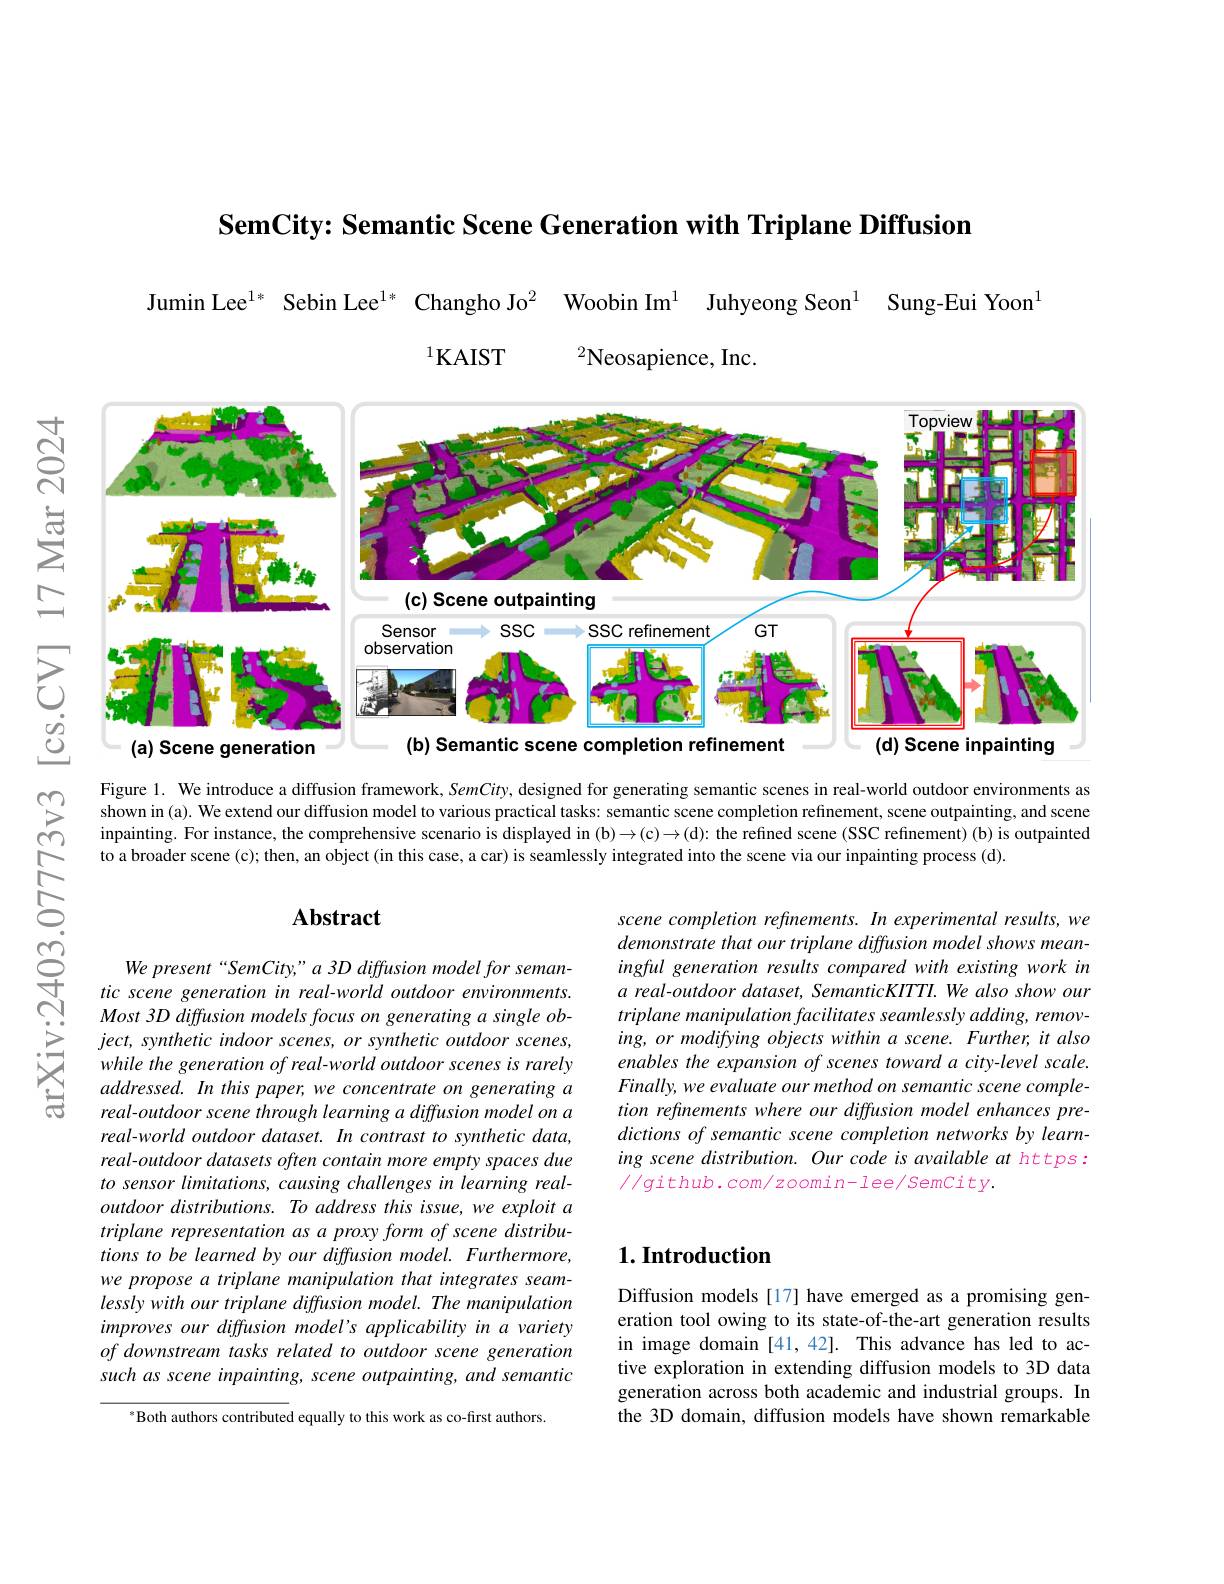
SemCity: Semantic Scene Generation with Triplane Diffusion

Jumin Lee$^{1*}$ Sebin Lee$^{1*}$ Changho Jo$^2$ Woobin Im$^1$ Juhyeong Seon$^1$ Sung-Eui Yoon$^1$
$^{1}$KAIST
$^{2}$Neosapience, Inc.

寸C
<FigureHere>
八$깡$
(b) Semantic scene completion refinement
(d) Scene inpainting
(a) Scene generation

Figure 1. We introduce a diffusion framework, SemCity, designed for generating semantic scenes in real-world outdoor environments as shown in (a). We extend our diffusion model to various practical tasks: semantic scene completion refinement, scene outpainting, and scene inpainting. For instance, the comprehensive scenario is displayed in (b)$\to(\mathfrak{c})\to(\mathfrak{d}){:}$ the refined scene (SSC refinement) (b) is outpainted to a broader scene (c); then, an object (in this case, a car) is seamlessly integrated into the scene via our inpainting process (d).

## $\mathbf{Abstract}$

$ଝୁ$

scene completion refinements. In experimental results, we demonstrate that our triplane diffusion model shows meaningful generation results compared with existing work in a real-outdoor dataset, SemanticKITTI. We also show our triplane manipulation facilitates seamlessly adding, removing, or modifying objects within a scene. Further, it also enables the expansion of scenes toward a city-level scale. Finally, we evaluate our method on semantic scene completion refinements where our diffusion model enhances predictions of semantic scene completion networks by learning scene distribution. Our code is available at https: $//g$ithub.com/zoomin-lee/SemCity.

We present“SemCity,”a3D diffusion model for semantic scene generation in real-world outdoor environments. Most 3D diffusion models focus on generating a single ob- $ject,syntheticindoorscenes,orsyntheticoutdoorscenes$, while the generation of real-world outdoor scenes is rarely addressed. In this paper, we concentrate on generating a real-outdoor scene through learning a diffusion model on a real-world outdoor dataset. In contrast to synthetic data, real-outdoor datasets often contain more empty spaces due to sensor limitations, causing challenges in learning real- $outdoor\textit{ distributions. To address this issue, we exploit a}$ triplane representation as a proxy form of scene distributions to be learned by our diffusion model. Furthermore, we propose a triplane manipulation that integrates seamlessly with our triplane diffusion model. The manipulation improves our diffusion model's applicability in a variety $of\textit{downstream tasks related to outdoor scene generation}$ such as scene inpainting, scene outpainting, and semantic

## $1. \textbf{Introduction}$

Diffusion models [17] have emerged as a promising generation tool owing to its state-of-the-art generation results in image domain [41,42]. This advance has led to active exploration in extending diffusion models to 3D data generation across both academic and industrial groups. In the 3D domain, diffusion models have shown remarkable

$^{*}$Both authors contributed equally to this work as co-first authors.